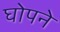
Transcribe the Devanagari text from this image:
घोपने